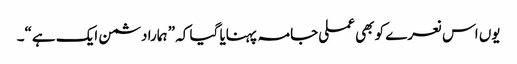
یوں اس نعرے کو بھی عملی جامہ پہنایا گیا کہ ” ہمارا دشمن ایک ہے“۔